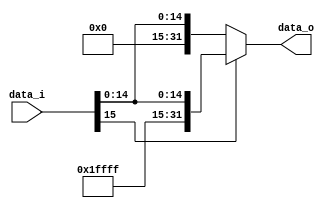
module Sign_Extend( data_i, data_o );

//I/O ports
input	[16-1:0] data_i;
output	[32-1:0] data_o;

//Internal Signals
wire	[32-1:0] data_o;

//Sign extended
/*your code here*/
	assign data_o=(data_i[15]==0)?{16'b0000000000000000,data_i}:{16'b1111111111111111,data_i};

endmodule